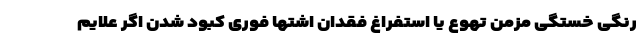
رنگی خستگی مزمن تهوع یا استفراغ فقدان اشتها فوری کبود شدن اگر علایم